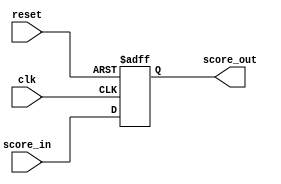
module ScoreCounter(
  input wire clk,
  input wire reset,
  input wire [31:0] score_in,
  output reg [31:0] score_out
);

  reg [31:0] score;

  always @(posedge clk or posedge reset) begin
    if (reset) begin
      // Reset the score to 0 when reset is asserted
      score <= 32'b0;
    end else begin
      // Use non-blocking assignment for updating registers
      score <= score_in;
    end
  end

  always @(*) begin
    // Output the current score value
    score_out = score;
  end

endmodule